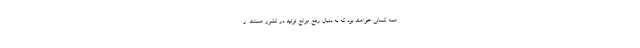
همه کسانی خواهند بود که به دنبال رفع موانع تولید در کشور هستند. ر